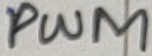
Text: PWM